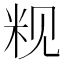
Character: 𬖑